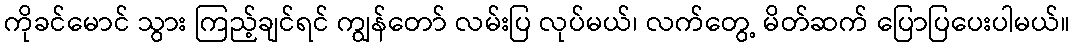
ကိုခင်မောင် သွား ကြည့်ချင်ရင် ကျွန်တော် လမ်းပြ လုပ်မယ်၊ လက်တွေ့ မိတ်ဆက် ပြောပြပေးပါမယ်။